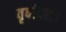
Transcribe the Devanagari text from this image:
वृषोदरः।